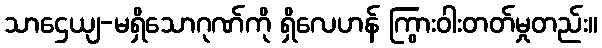
သာဌေယျ-မရှိသောဂုဏ်ကို ရှိလေဟန် ကြွားဝါးတတ်မှုတည်း။